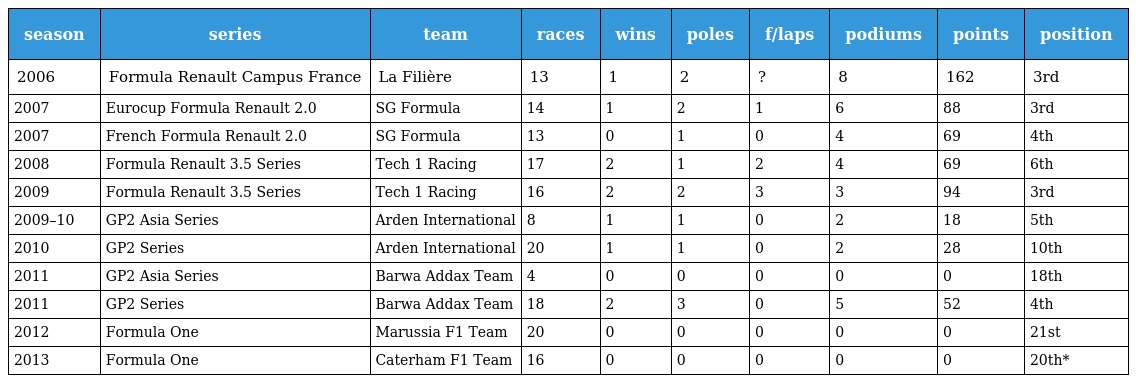
| season | series | team | races | wins | poles | f/laps | podiums | points | position |
 | --- | --- | --- | --- | --- | --- | --- | --- | --- | --- |
 | 2006 | Formula Renault Campus France | La Filière | 13 | 1 | 2 | ? | 8 | 162 | 3rd |
 | 2007 | Eurocup Formula Renault 2.0 | SG Formula | 14 | 1 | 2 | 1 | 6 | 88 | 3rd |
 | 2007 | French Formula Renault 2.0 | SG Formula | 13 | 0 | 1 | 0 | 4 | 69 | 4th |
 | 2008 | Formula Renault 3.5 Series | Tech 1 Racing | 17 | 2 | 1 | 2 | 4 | 69 | 6th |
 | 2009 | Formula Renault 3.5 Series | Tech 1 Racing | 16 | 2 | 2 | 3 | 3 | 94 | 3rd |
 | 2009–10 | GP2 Asia Series | Arden International | 8 | 1 | 1 | 0 | 2 | 18 | 5th |
 | 2010 | GP2 Series | Arden International | 20 | 1 | 1 | 0 | 2 | 28 | 10th |
 | 2011 | GP2 Asia Series | Barwa Addax Team | 4 | 0 | 0 | 0 | 0 | 0 | 18th |
 | 2011 | GP2 Series | Barwa Addax Team | 18 | 2 | 3 | 0 | 5 | 52 | 4th |
 | 2012 | Formula One | Marussia F1 Team | 20 | 0 | 0 | 0 | 0 | 0 | 21st |
 | 2013 | Formula One | Caterham F1 Team | 16 | 0 | 0 | 0 | 0 | 0 | 20th* |